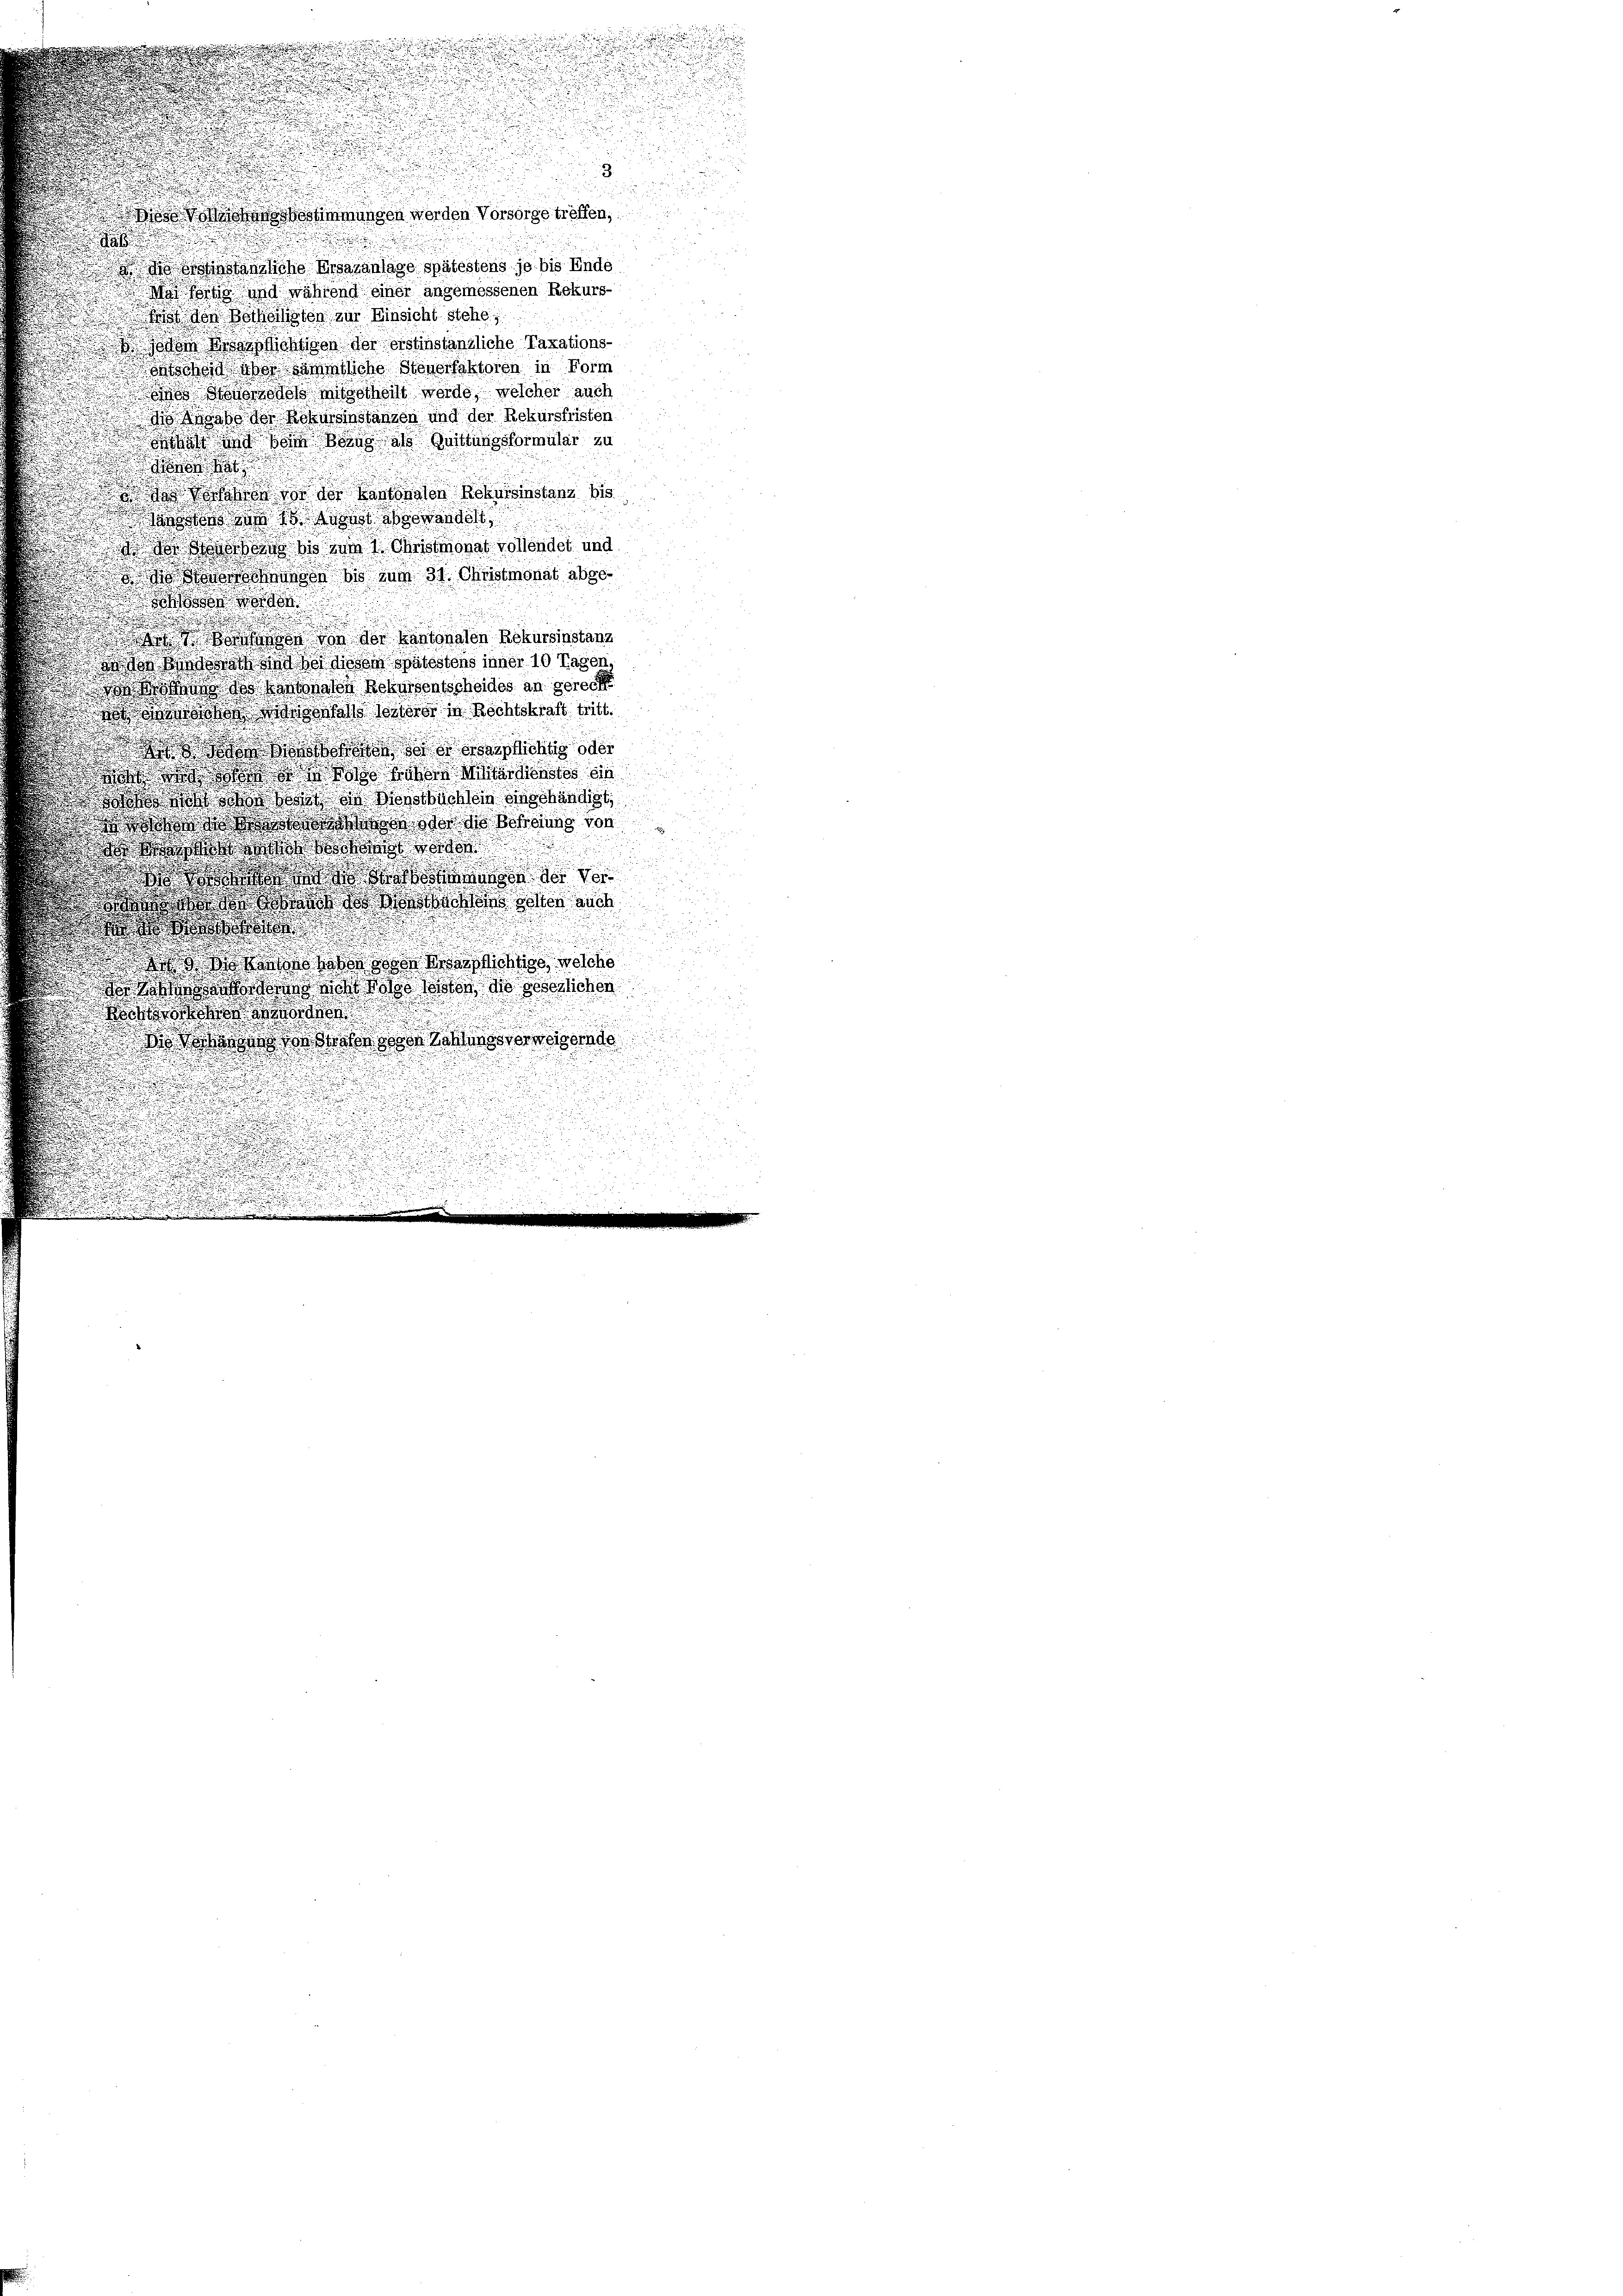
stimmungen werden Vorsorgetreffen,

e
skanzliche Ersazanlage spätestens je bis Ende
 und während einer angemessenen Rekurs-
 den Betheiligten zur Einsicht stehe,
Boden dersprichtigen der erstinständliche Taxations-
 entscheid aber sämmtliche Steuerfaktoren in Form
Model mitgetheilt werde, welcher auch
abe der Rebmanstanzen und der Rekursfristen
Si und von Band als Quittungsformular zu

 ds so der Kantonalen Reisinstant 618.
 vom 10. Ausart abgewandel
 nos bis zum 1. Christmonat vollendet und
Boden bis zum 31. Christmonat abge

Die Bern von der Kantonalen Rekursinstanz
Wie doch Bad bei diesem spätestens inner 10 Tagen,
ostande des Nachnaben Rekursentscheides an gerec
 dann mit sental sonder in Rechtskraft tritt.
don der englichtig oder
 R von Staates ein
h so wol an Dienstbüchlein eingehändigt,
 de der der Sohn von
a das

 da dann das bei der aber eilt
dward
 s g haben den Berichtige, welche
nwerken diese Was de seelichen
 e
sass der desse oder Gattung eingende
.

s
.
.

.
s
n
i

e

d